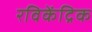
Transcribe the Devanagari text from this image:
रविकेंद्रिक